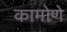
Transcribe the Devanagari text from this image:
कामोणे